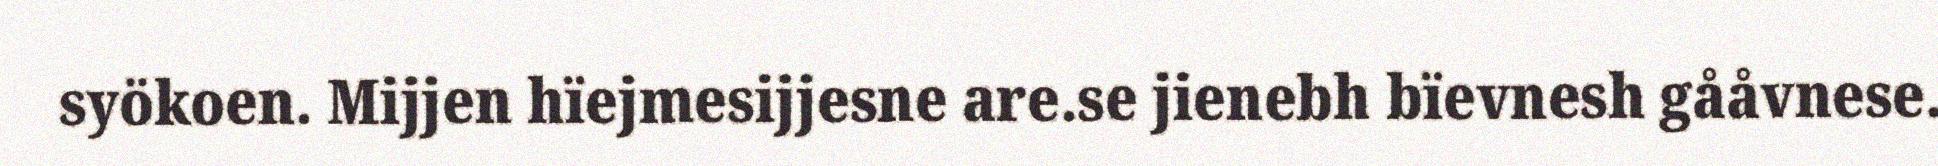
syökoen. Mijjen hïejmesijjesne are.se jienebh bïevnesh gååvnese.